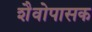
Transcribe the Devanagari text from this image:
शैवोपासक